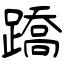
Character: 蹻